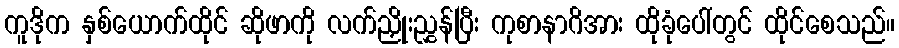
ကူဒိုက နှစ်ယောက်ထိုင် ဆိုဖာကို လက်ညှိုးညွှန်ပြီး ကုစာနာဂိအား ထိုခုံပေါ်တွင် ထိုင်စေသည်။